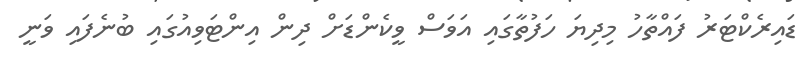
ޑައިރެކްޓަރު ފައްތާހު މިދިޔަ ހަފުތާގައި އަވަސް ވީކެންޑަށް ދިން އިންޓަވިއުގައި ބުނެފައި ވަނީ